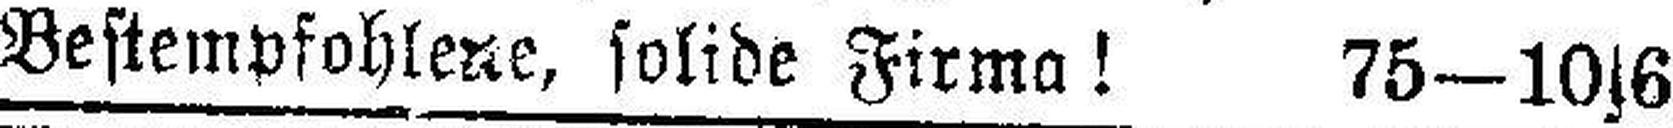
Bestempfohlene, solide Firma! 75—10|6